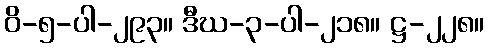
ဝိ-၅-ပါ-၂၉၃။ ဒီဃ-၃-ပါ-၂၁၈။ ဋ္ဌ-၂၂၈။